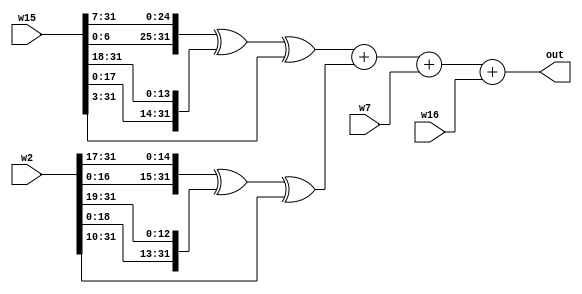
/* w_expand
 *
 * Asynchronously performs w_expand function given W[t] values.
 *
 * For SHA256,
 *
 *    W(t) = SSIG1(W(t-2)) + W(t-7) + SSIG0(W(t-15)) + W(t-16)
 *
 */
module w_expand(w2, w7, w15, w16, out);

  input  wire [31:0] w2;  // W[t-2]
  input  wire [31:0] w7;  // W[t-7]
  input  wire [31:0] w15; // W[t-15]
  input  wire [31:0] w16; // W[t-16]
  output wire [31:0] out;

  wire [31:0] ssig0_w15;
  wire [31:0] ssig1_w2;
  
  // For SHA256, SSIG0(X) = ROTR7(X) XOR ROTR18(X) XOR SHR3(X)
  assign ssig0_w15  =   { w15[ 6:0], w15[31: 7] }
                      ^ { w15[17:0], w15[31:18] }
                      ^ {      3'b0, w15[31: 3] };

  // For SHA256, SSIG1(X) = ROTR17(X) XOR ROTR19(X) XOR SHR10(X)
  assign ssig1_w2 =   { w2[16:0], w2[31:17] }
                    ^ { w2[18:0], w2[31:19] }
                    ^ {    10'b0, w2[31:10] };

  assign out = ssig0_w15 + ssig1_w2 + w7 + w16;

endmodule // w_expand